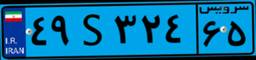
۰۵S۳۷۲۱۳